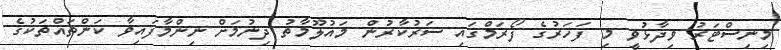
މިނިސްޓަރު ވިދާޅުވީ މި ފަހަރުގެ ފޯރަމްގައި ސަރުކާރުން މައުލޫމާތު ދިނުމަށް ނިންމާފައިވާ ކަންތައްތަކުގެ